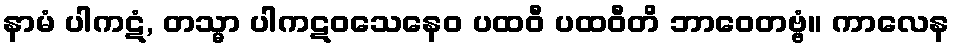
နာမံ ပါကဋံ, တသ္မာ ပါကဋဝသေနေဝ ပထဝီ ပထဝီတိ ဘာဝေတဗ္ဗံ။ ကာလေန